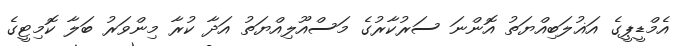
އެމްޑީޕީގެ އަޣުލަބިއްޔަތު އޮންނަ ސަރުކާރުގެ މަސްއޫލިއްޔަތު އަދާ ކުރާ މިންވަރު ބަލާ ކޮމިޓީގެ